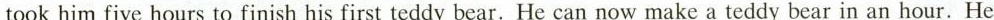
took him five hours to finish his first teddy bear. He can now make a teddy bear in an hour. He